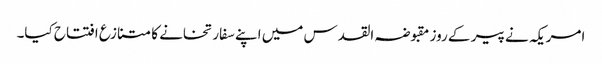
امریکہ نے پیر کے روز مقبوضہ القدس میں اپنے سفارتخانے کا متنازع افتتاح کیا۔